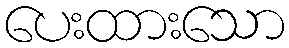
ပေးထားသော